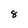
Character: 8